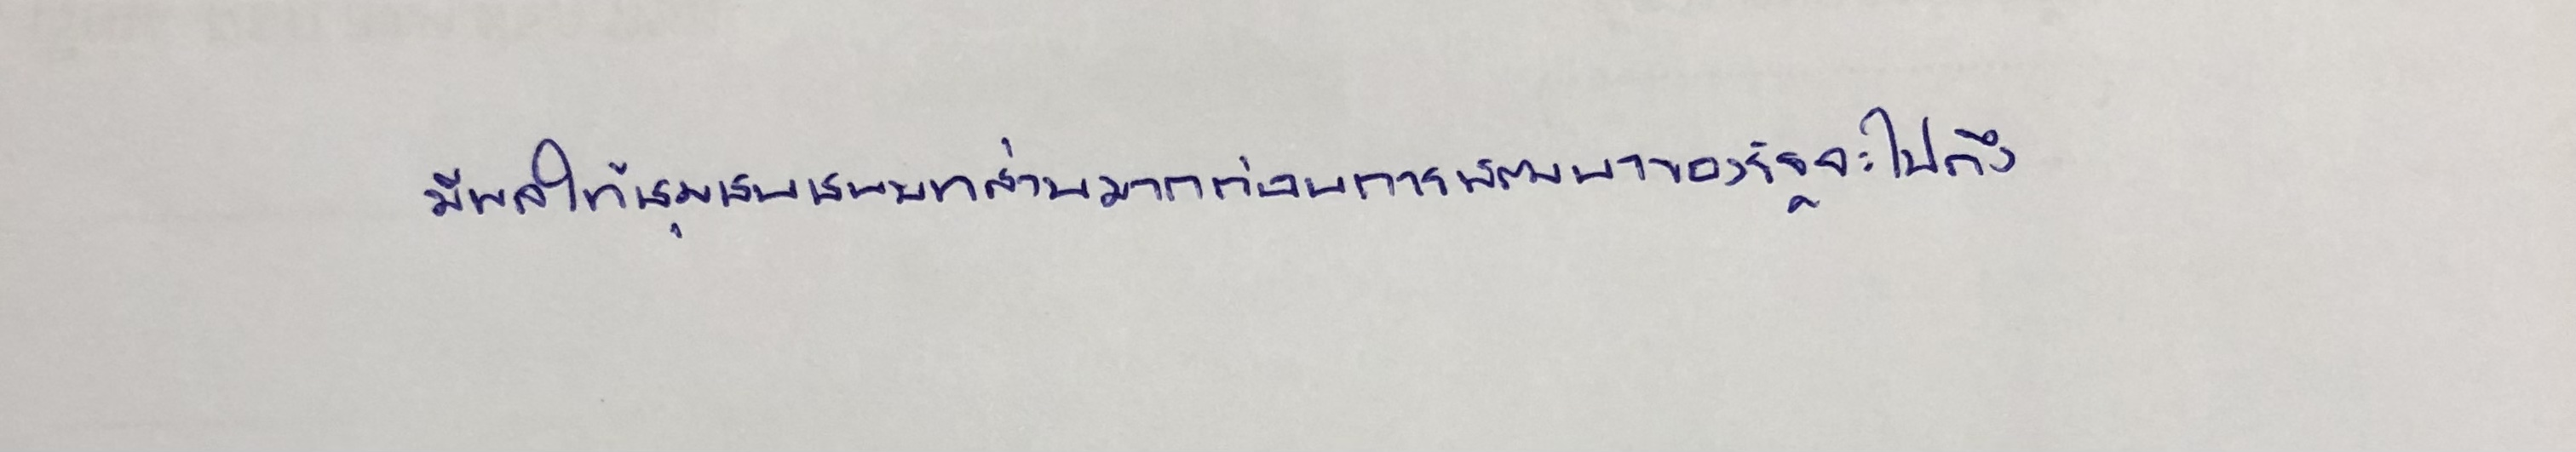
มีผลให้ชุมชนชนบทส่วนมากก่อนการพัฒนาของรัฐจะไปถึง